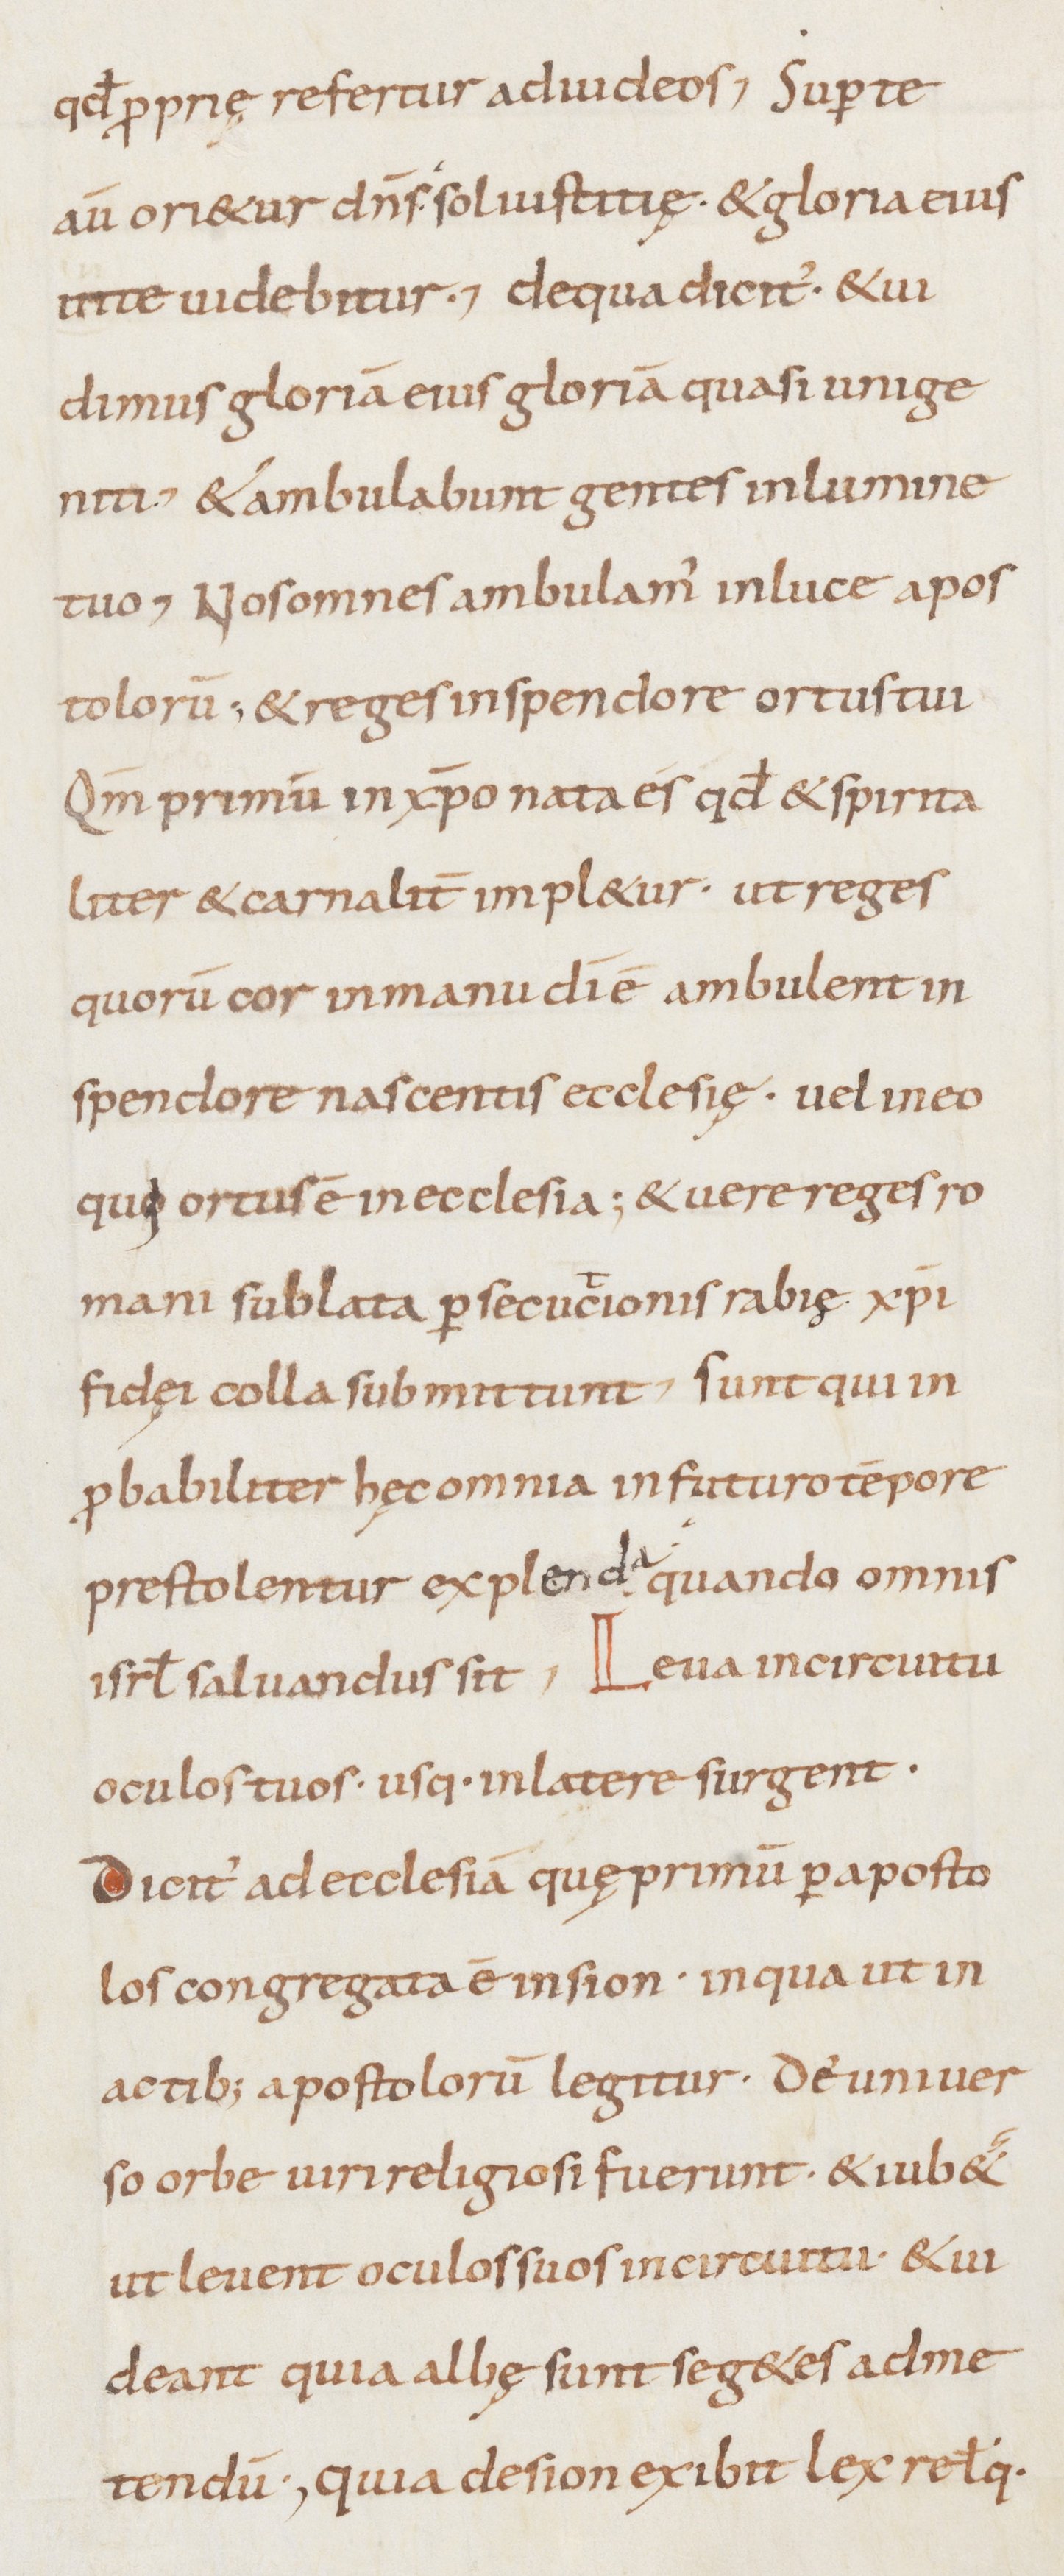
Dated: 800–899